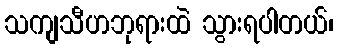
သကျသီဟဘုရားထဲ သွားရပါတယ်၊